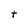
Character: t